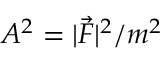
A ^ { 2 } = | \vec { F } | ^ { 2 } / m ^ { 2 }